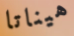
هيناتا